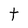
Character: t